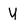
Character: u